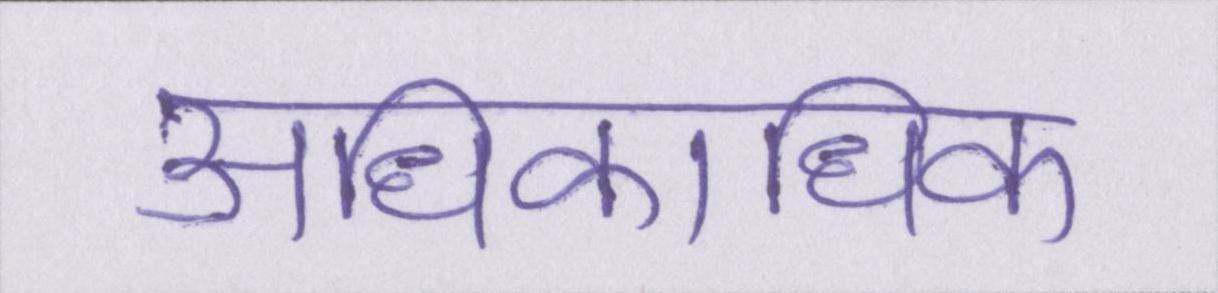
अधिकाधिक